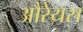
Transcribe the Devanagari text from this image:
औरेयस